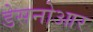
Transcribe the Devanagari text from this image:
डेसनोआर